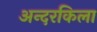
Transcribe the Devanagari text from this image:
अन्दरकिला